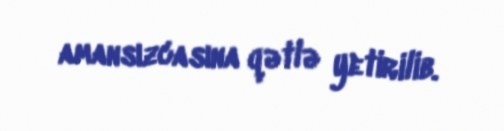
amansızcasına qətlə yetirilib.